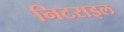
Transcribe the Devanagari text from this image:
निटराइल